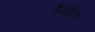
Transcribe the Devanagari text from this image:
डैमेटिक